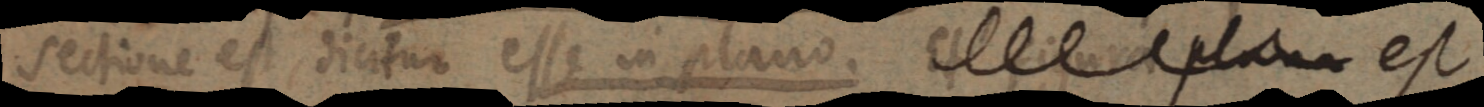
sectione est dicitur esse in plano. Et figura plana est